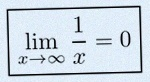
\lim_{x\to\infty}\frac{1}{x}=0